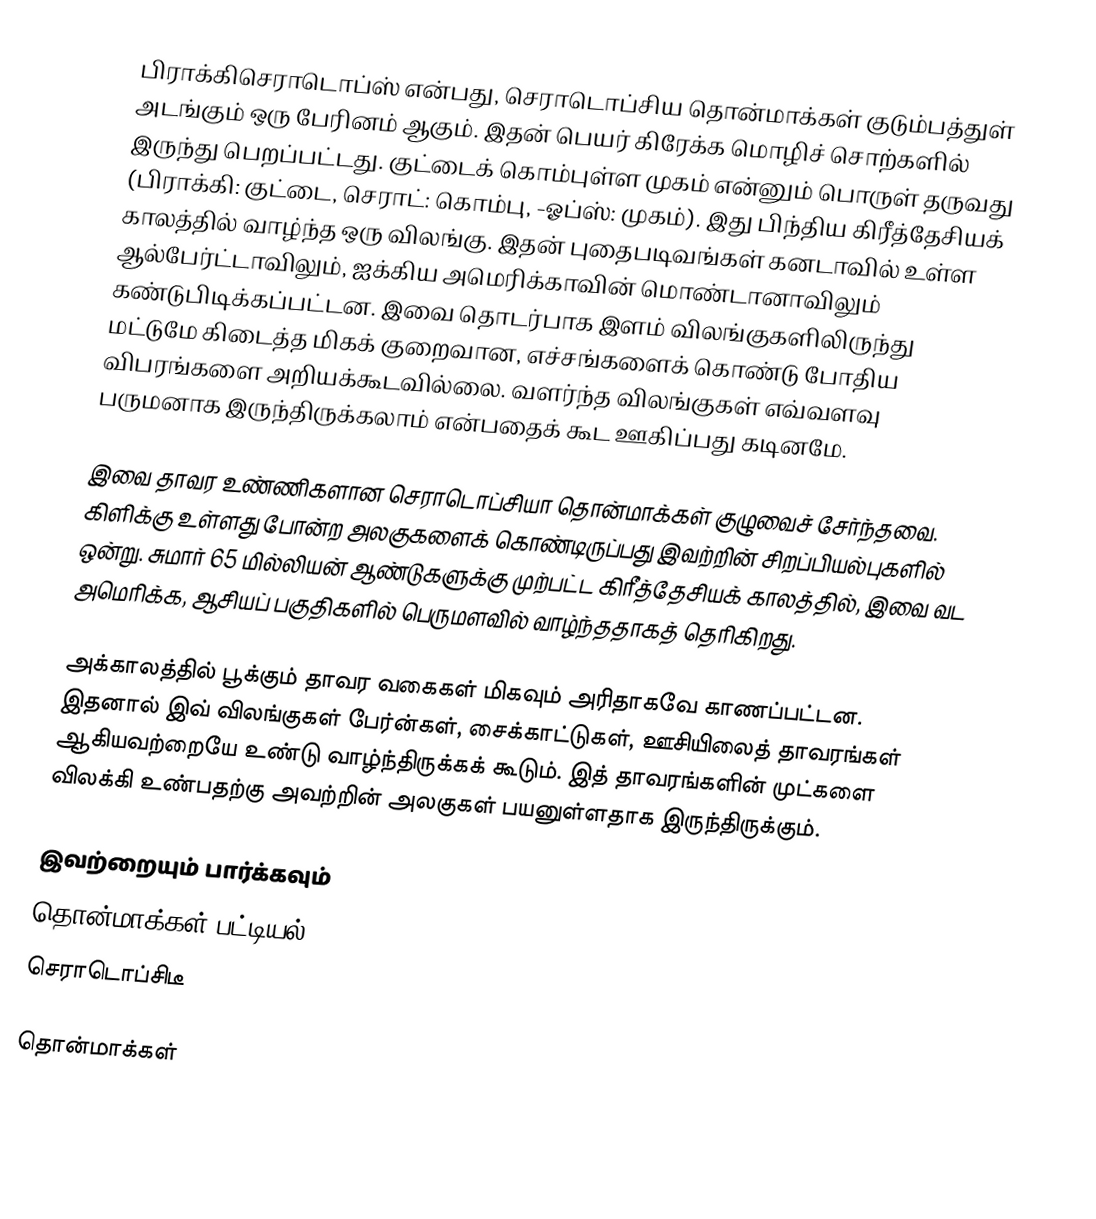
பிராக்கிசெராடொப்ஸ் என்பது, செராடொப்சிய தொன்மாக்கள் குடும்பத்துள் அடங்கும் ஒரு பேரினம் ஆகும். இதன் பெயர் கிரேக்க மொழிச் சொற்களில் இருந்து பெறப்பட்டது. குட்டைக் கொம்புள்ள முகம் என்னும் பொருள் தருவது (பிராக்கி: குட்டை, செராட்: கொம்பு, -ஓப்ஸ்: முகம்). இது பிந்திய கிரீத்தேசியக் காலத்தில் வாழ்ந்த ஒரு விலங்கு. இதன் புதைபடிவங்கள் கனடாவில் உள்ள ஆல்பேர்ட்டாவிலும், ஐக்கிய அமெரிக்காவின் மொண்டானாவிலும் கண்டுபிடிக்கப்பட்டன. இவை தொடர்பாக இளம் விலங்குகளிலிருந்து மட்டுமே கிடைத்த மிகக் குறைவான, எச்சங்களைக் கொண்டு போதிய விபரங்களை அறியக்கூடவில்லை. வளர்ந்த விலங்குகள் எவ்வளவு பருமனாக இருந்திருக்கலாம் என்பதைக் கூட ஊகிப்பது கடினமே.

இவை தாவர உண்ணிகளான செராடொப்சியா தொன்மாக்கள் குழுவைச் சேர்ந்தவை. கிளிக்கு உள்ளது போன்ற அலகுகளைக் கொண்டிருப்பது இவற்றின் சிறப்பியல்புகளில் ஒன்று. சுமார் 65 மில்லியன் ஆண்டுகளுக்கு முற்பட்ட கிரீத்தேசியக் காலத்தில், இவை வட அமெரிக்க, ஆசியப் பகுதிகளில் பெருமளவில் வாழ்ந்ததாகத் தெரிகிறது.

அக்காலத்தில் பூக்கும் தாவர வகைகள் மிகவும் அரிதாகவே காணப்பட்டன. இதனால் இவ் விலங்குகள் பேர்ன்கள், சைக்காட்டுகள், ஊசியிலைத் தாவரங்கள் ஆகியவற்றையே உண்டு வாழ்ந்திருக்கக் கூடும். இத் தாவரங்களின் முட்களை விலக்கி உண்பதற்கு அவற்றின் அலகுகள் பயனுள்ளதாக இருந்திருக்கும்.

இவற்றையும் பார்க்கவும்
 தொன்மாக்கள் பட்டியல்
 செராடொப்சிடீ

தொன்மாக்கள்